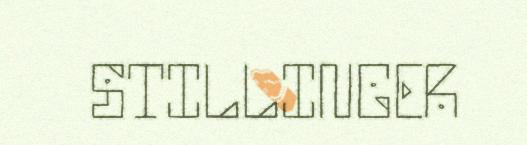
STILLINGER